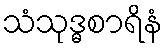
သံသုဒ္ဓစာရိနံ